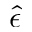
\hat { \epsilon }